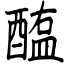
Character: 醢